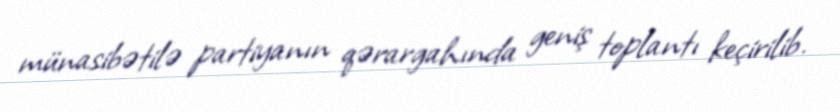
münasibətilə partiyanın qərargahında geniş toplantı keçirilib.